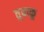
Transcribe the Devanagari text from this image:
तुबाकू